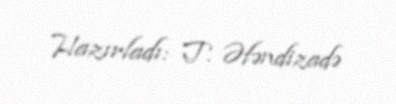
Hazırladı: T. Əfəndizadə